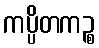
ကပ္ပိတကဉ္စ